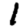
Digit: 1